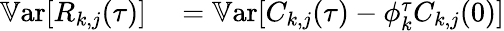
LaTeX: \begin{array}{rl}{\mathbb{V}\textrm{ar}[R_{k,j}(\tau)]}&{{}=\mathbb{V}\textrm{ar}[C_{k,j}(\tau)-\phi_{k}^{\tau}C_{k,j}(0)]}\end{array}